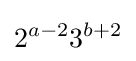
2^{a-2}3^{b+2}